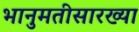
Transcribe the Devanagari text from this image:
भानुमतीसारख्या